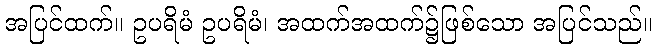
အပြင်ထက်။ ဥပရိမံ ဥပရိမံ၊ အထက်အထက်၌ဖြစ်သော အပြင်သည်။